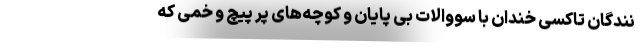
نندگان تاکسی خندان با سووالات بی پایان و کوچه‌های پر پیچ و خمی که